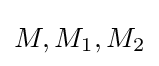
M,M_{1},M_{2}